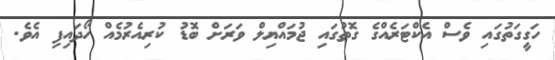
ހަގީގަތުގައި ވެސް އެކްޓަރެއްގެ ގޮތުގައި ޖުމައްޔިލް ވަރަށް ބޮޑު ކުރިއެރުމެއް ހޯދައިފި އެވެ.